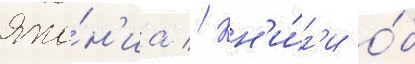
Япо́н'иа // Кн'и́г'и о́б